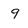
Character: 9